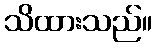
သိထားသည်။